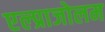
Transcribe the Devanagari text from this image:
एल्प्राजोलम